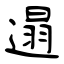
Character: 遢